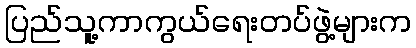
ပြည်သူ့ကာကွယ်ရေးတပ်ဖွဲ့များက